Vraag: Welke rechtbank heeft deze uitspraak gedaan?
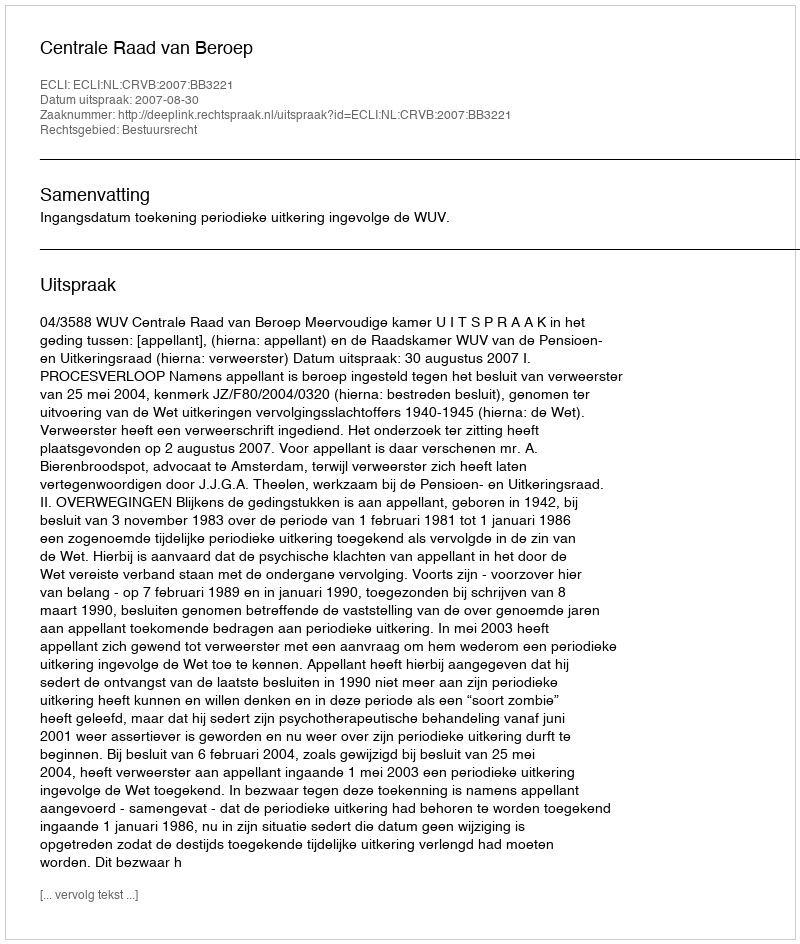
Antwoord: Centrale Raad van Beroep